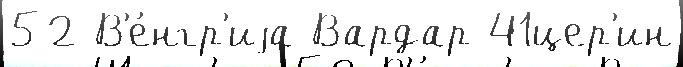
52 В'е́нгр'иjа Вардар 41цер'ин